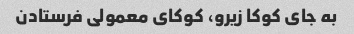
به جای کوکا زیرو، کوکای معمولی فرستادن